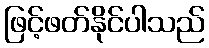
ဖြင့်ဖတ်နိုင်ပါသည်